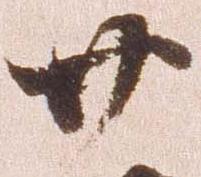
廿